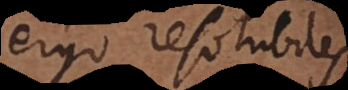
ergo resolubiles